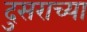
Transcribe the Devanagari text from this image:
दुसराच्या